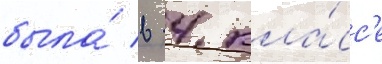
была́ в 4 кла́сс'е